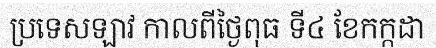
ប្រទេសឡាវ កាលពីថ្ងៃពុធ ទី៤ ខែកក្កដា